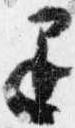
退